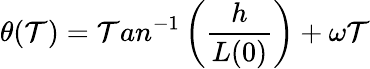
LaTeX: \theta(\mathcal{T})=\mathcal{T}an^{-1}\left(\frac{{h}}{{L(0)}}\right)+\omega\mathcal{T}